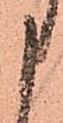
申